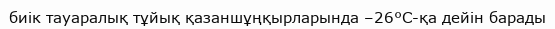
биік тауаралық тұйық қазаншұңқырларында –26°С-қа дейін барады